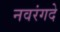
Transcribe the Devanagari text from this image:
नवरंगदे